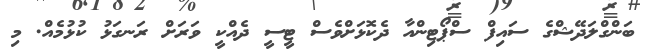
ބަންގްލަދޭޝްގެ ސައިފް ސްޕޯޓިންއާ ދެކޮޅަށްވެސް ޓީސީ ދެއްކީ ވަރަށް ރަނގަޅު ކުޅުމެއް. މި